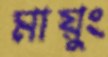
মায়ুং